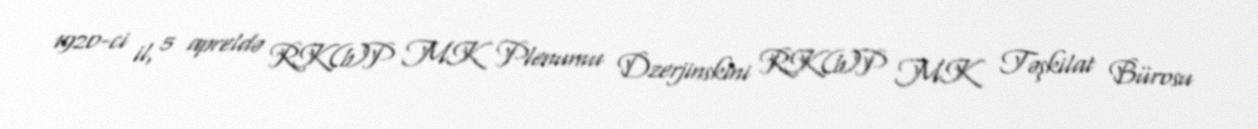
1920-ci il, 5 apreldə RK(b)P MK Plenumu Dzerjinskini RK(b)P MK Təşkilat Bürosu